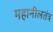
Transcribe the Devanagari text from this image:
महानीलतंत्र